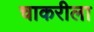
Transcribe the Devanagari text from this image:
चाकरीला